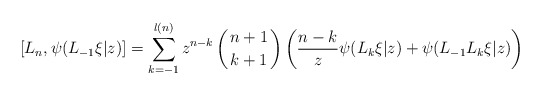
\begin{align*}{[}L_n,\psi(L_{-1}\xi|z){]}=\sum_{k=-1}^{l(n)}z^{n-k}\left( {n+1 \atop k+1}\right)\left(\frac{n-k}{z} \psi(L_k\xi|z)+\psi(L_{-1}L_k\xi|z) \right)\end{align*}